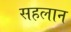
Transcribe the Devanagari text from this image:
सहलान